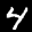
Label: 4